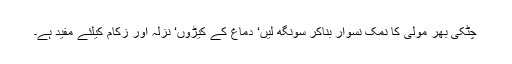
چٹکی بھر مولی کا نمک نسوار بناکر سونگھ لیں‘ دماغ کے کیڑوں‘ نزلہ اور زکام کیلئے مفید ہے۔